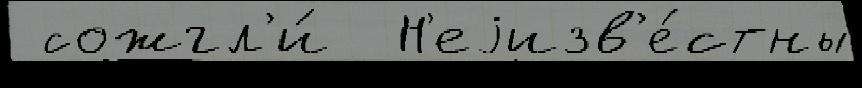
 сожгл'и́  Н'еjизв'е́стны